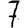
Digit: 7